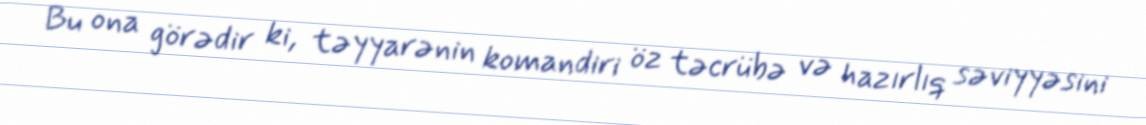
Bu ona görədir ki, təyyarənin komandiri öz təcrübə və hazırlıq səviyyəsini